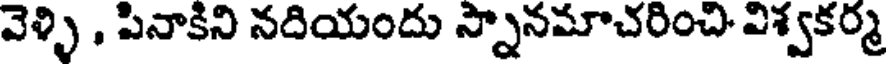
వెళ్ళి , పినాకిని నదియందు స్నానమాచరించి విశ్వకర్మ